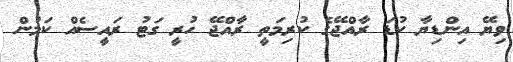
ވިޔޭ އިންޑިޔާ ކުޑަ ރާއްޖޭގެ ކުރިމަތީ ރާއްޖޭ ހުރީ ގަޓު ރައީސެއް ކަމުން